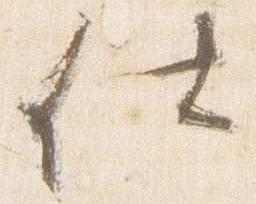
仕